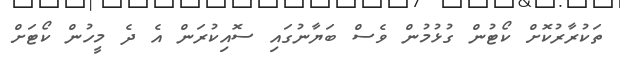
ތަކުރާރުކޮށް ކޯޓުން ގުޅުމުން ވެސް ބަޔާނުގައި ސޮއިކުރަން އެ ދެ މީހުން ކޯޓަށް